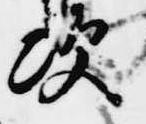
次